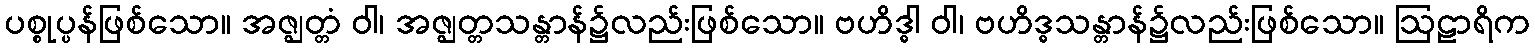
ပစ္စုပ္ပန်ဖြစ်သော။ အဇ္ဈတ္တံ ဝါ၊ အဇ္ဈတ္တသန္တာန်၌လည်းဖြစ်သော။ ဗဟိဒ္ဓါ ဝါ၊ ဗဟိဒ္ဓသန္တာန်၌လည်းဖြစ်သော။ ဩဠာရိက